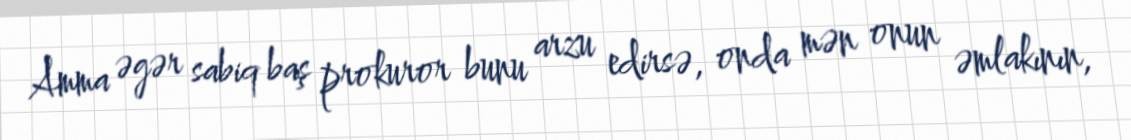
Amma əgər sabiq baş prokuror bunu arzu edirsə, onda mən onun əmlakının,